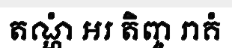
តណ្ហំ អរ តិញ្ច រាគំ